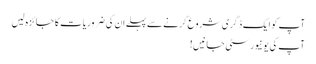
آپ کو ایک ڈگری شروع کرنے سے پہلے ان کی ضروریات کا جائزہ لیں
آپ کی یونیورسٹی جانیں!